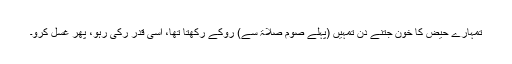
تمہارے حیض کا خون جتنے دن تمہیں (پہلے صوم صلاۃ سے) روکے رکھتا تھا، اسی قدر رُکی رہو، پھر غسل کرو۔